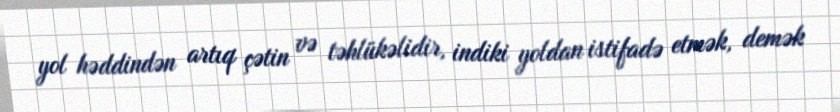
yol həddindən artıq çətin və təhlükəlidir, indiki yoldan istifadə etmək, demək